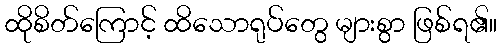
ထိုစိတ်ကြောင့် ထိသောရုပ်တွေ များစွာ ဖြစ်ရ၏။